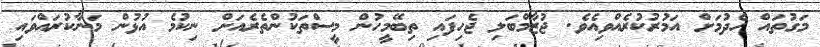
މަގުތައް ހެދުމަށް އަމުރުކުރެއްވިއެވެ. ޖުޒާމްބަލި ޖެހިފައި ތިބޭމީހުން މީސްތަކުންތެރެއަށް ނިކުމެ އުޅުން މަނާކުރައްވައި